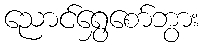
ညောင်ရွှေစော်ဘွား